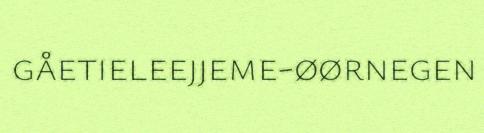
gåetieleejjeme-øørnegen